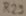
Text: R23